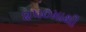
૨૫૦માથી